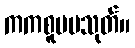
ကကစူပမသုတ်။